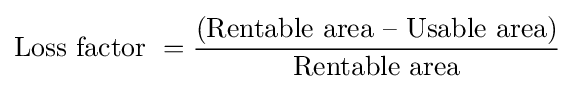
{\text{Loss factor }}={\frac {\text{(Rentable area – Usable area)}}{\text{Rentable area}}}